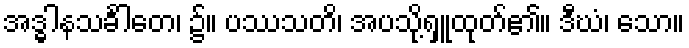
အဒ္ဓါနသင်္ခါတေ၊ ၌။ ပဿသတိ၊ အပသို့ရှူထုတ်၏။ ဒီဃံ၊ သော။